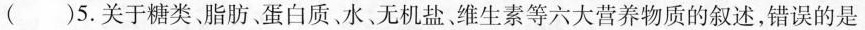
()5.关于糖类，脂肪蛋白质、水无机盐、维生素等六大营养物质的叙述，错误的是